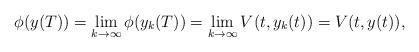
LaTeX: \begin{align*}\phi (y(T))= \lim_{k\rightarrow \infty} \phi (y_k(T))= \lim_{k\rightarrow \infty} V(t,y_k(t)) = V(t,y(t)),\end{align*}